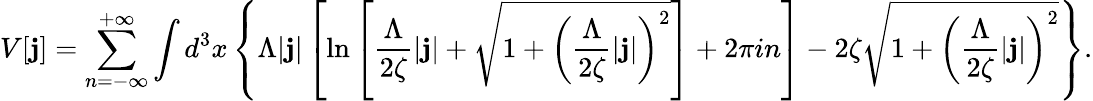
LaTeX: V[{\mathbf j}]=\sum_{n=-\infty}^{+\infty}\int d^{3}x\left\{ \Lambda|{\mathbf j}|\left[\ln\left[\frac{\Lambda}{2\zeta}|{\mathbf j}|+\sqrt{1+\left(\frac{\Lambda}{2\zeta}|{\mathbf j}|\right)^{2}}\right]+2\pi in\right]-2\zeta\sqrt{1+\left(\frac{\Lambda}{2\zeta}|{\mathbf j}|\right)^{2}}\right\} .